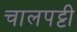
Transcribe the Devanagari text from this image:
चालपट्टी